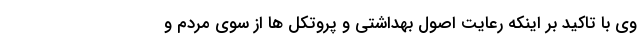
وی با تاکید بر اینکه رعایت اصول بهداشتی و پروتکل ها از سوی مردم و